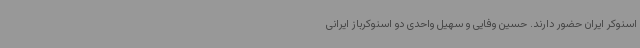
اسنوکر ایران حضور دارند. حسین وفایی و سهیل واحدی دو اسنوکرباز ایرانی